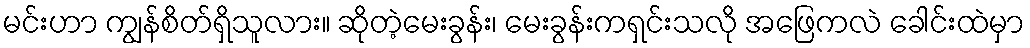
မင်းဟာ ကျွန်စိတ်ရှိသူလား။ ဆိုတဲ့မေးခွန်း၊ မေးခွန်းကရှင်းသလို အဖြေကလဲ ခေါင်းထဲမှာ